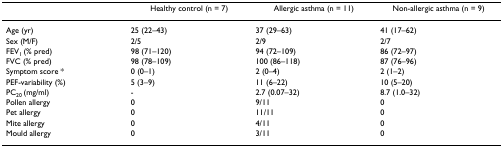
<table><thead><tr><td></td><td><b>Healthy control (n = 7)</b></td><td><b>Allergic asthma (n = 11)</b></td><td><b>Non-allergic asthma (n = 9)</b></td></tr></thead><tbody><tr><td>Age (yr)</td><td>25 (22–43)</td><td>37 (29–63)</td><td>41 (17–62)</td></tr><tr><td>Sex (M/F)</td><td>2/5</td><td>2/9</td><td>2/7</td></tr><tr><td>FEV<sub>1 </sub>(% pred)</td><td>98 (71–120)</td><td>94 (72–109)</td><td>86 (72–97)</td></tr><tr><td>FVC (% pred)</td><td>98 (78–109)</td><td>100 (86–118)</td><td>87 (76–96)</td></tr><tr><td>Symptom score *</td><td>0 (0–1)</td><td>2 (0–4)</td><td>2 (1–2)</td></tr><tr><td>PEF-variability (%)</td><td>5 (3–9)</td><td>11 (6–22)</td><td>10 (5–20)</td></tr><tr><td>PC<sub>20 </sub>(mg/ml)</td><td>-</td><td>2.7 (0.07–32)</td><td>8.7 (1.0–32)</td></tr><tr><td>Pollen allergy</td><td>0</td><td>9/11</td><td>0</td></tr><tr><td>Pet allergy</td><td>0</td><td>11/11</td><td>0</td></tr><tr><td>Mite allergy</td><td>0</td><td>4/11</td><td>0</td></tr><tr><td>Mould allergy</td><td>0</td><td>3/11</td><td>0</td></tr></tbody></table>